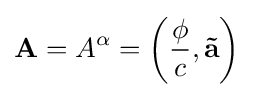
\mathbf {A} =A^{\alpha }=\left({\frac {\phi }{c}},\mathbf {\vec {a}} \right)